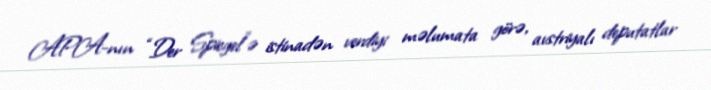
APA-nın “Der Spiegel”ə istinadən verdiyi məlumata görə, avstriyalı deputatlar